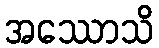
အဿောသိ